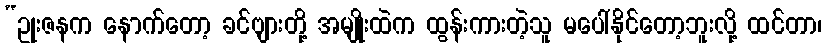
“ဥုးဇနက နောက်တော့ ခင်ဗျားတို့ အမျိုးထဲက ထွန်းကားတဲ့သူ မပေါ်နိုင်တော့ဘူးလို့ ထင်တာ၊